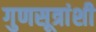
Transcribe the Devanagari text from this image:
गुणसूत्रांशी